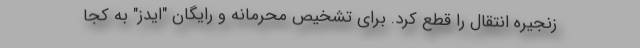
زنجیره انتقال را قطع کرد. برای تشخیص محرمانه و رایگان "ایدز" به کجا